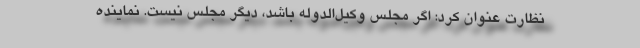
نظارت عنوان کرد: اگر مجلس وکیل‌الدوله باشد، دیگر مجلس نیست. نماینده